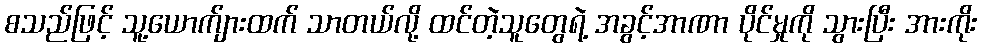
စသည်ဖြင့် သူ့ယောက်ျားထက် သာတယ်လို့ ထင်တဲ့သူတွေရဲ့ အခွင့်အာဏာ ပိုင်မှုကို သွားပြီး အားကိုး